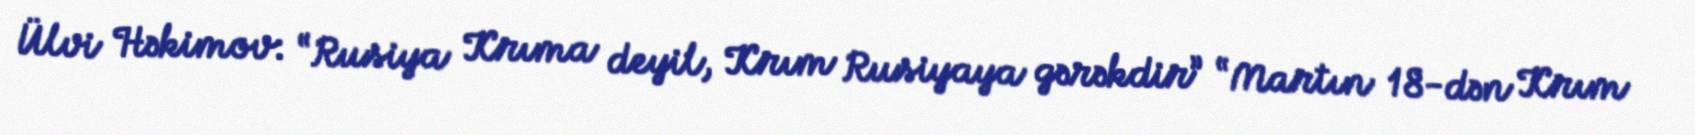
Ülvi Həkimov: “Rusiya Krıma deyil, Krım Rusiyaya gərəkdir” “Martın 18-dən Krım